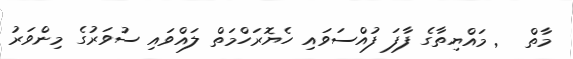
މާތް